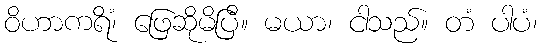
ဝိဟာကရိံ၊ ဖြေဆိုမိပြီ။ မယာ၊ ငါသည်။ တံ ပါပံ၊